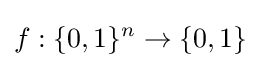
f:\{0,1\}^{n}\to \{0,1\}